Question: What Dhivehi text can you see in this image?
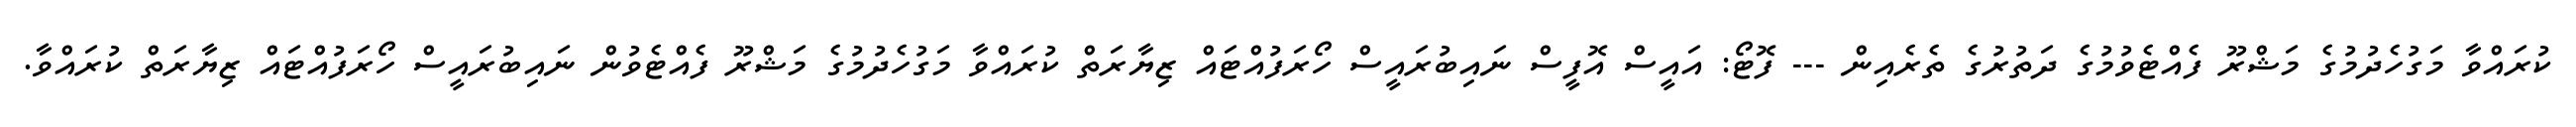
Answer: ކުރައްވާ މަގުހެދުމުގެ މަޝްރޫ ފެއްޓެވުމުގެ ދަތުރުގެ ތެރެއިން --- ފޮޓޯ: އައީސް އޮފީސް ނައިބުރައީސް ހޯރަފުއްޓައް ޒިޔާރަތް ކުރައްވާ މަގުހެދުމުގެ މަޝްރޫ ފެއްޓެވުން ނައިބުރައީސް ހޯރަފުއްޓައް ޒިޔާރަތް ކުރައްވާ.